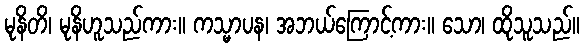
မုနိတိ၊ မုနိဟူသည်ကား။ ကသ္မာပန၊ အဘယ်ကြောင့်ကား။ သော၊ ထိုသူသည်။